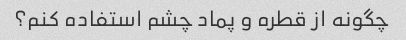
چگونه از قطره و پماد چشم استفاده کنم؟